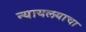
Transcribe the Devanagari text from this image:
न्यायलयाचा